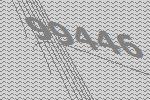
99446